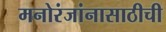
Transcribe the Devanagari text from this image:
मनोरंजांनासाठीची